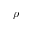
\rho